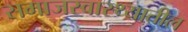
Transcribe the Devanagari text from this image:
समाजस्वास्थ्यातील